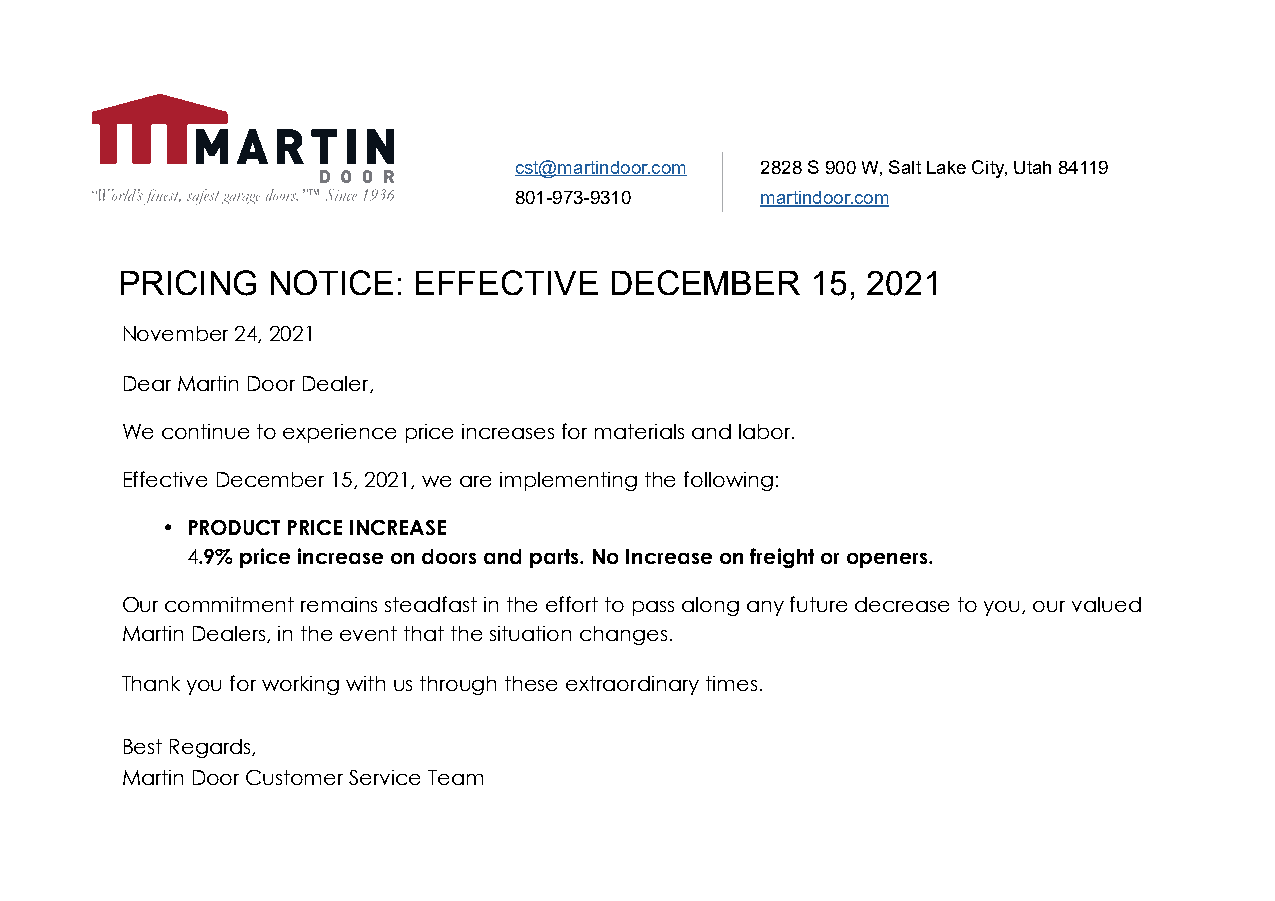
cst@martindoor.com 2828 S 900 W, Salt Lake City, Utah 84119
 801-973-9310    martindoor.com
 PRICING   NOTICE:  EFFECTIVE    DECEMBER      15, 2021
 November 24, 2021
 Dear Martin Door Dealer,
 We continue to experience price increases for materials and labor.
 Effective December 15, 2021, we are implementing the following:
 • PRODUCT PRICE INCREASE
 4.9% price increase on doors and parts. No Increase on freight or openers.
 Our commitment remains steadfast in the effort to pass along any future decrease to you, our valued
 Martin Dealers, in the event that the situation changes.
 Thank you for working with us through these extraordinary times.
 Best Regards,
 Martin Door Customer Service Team